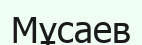
Мұсаев